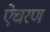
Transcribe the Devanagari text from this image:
ऐचरण